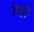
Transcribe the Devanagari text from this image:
डेल्ला